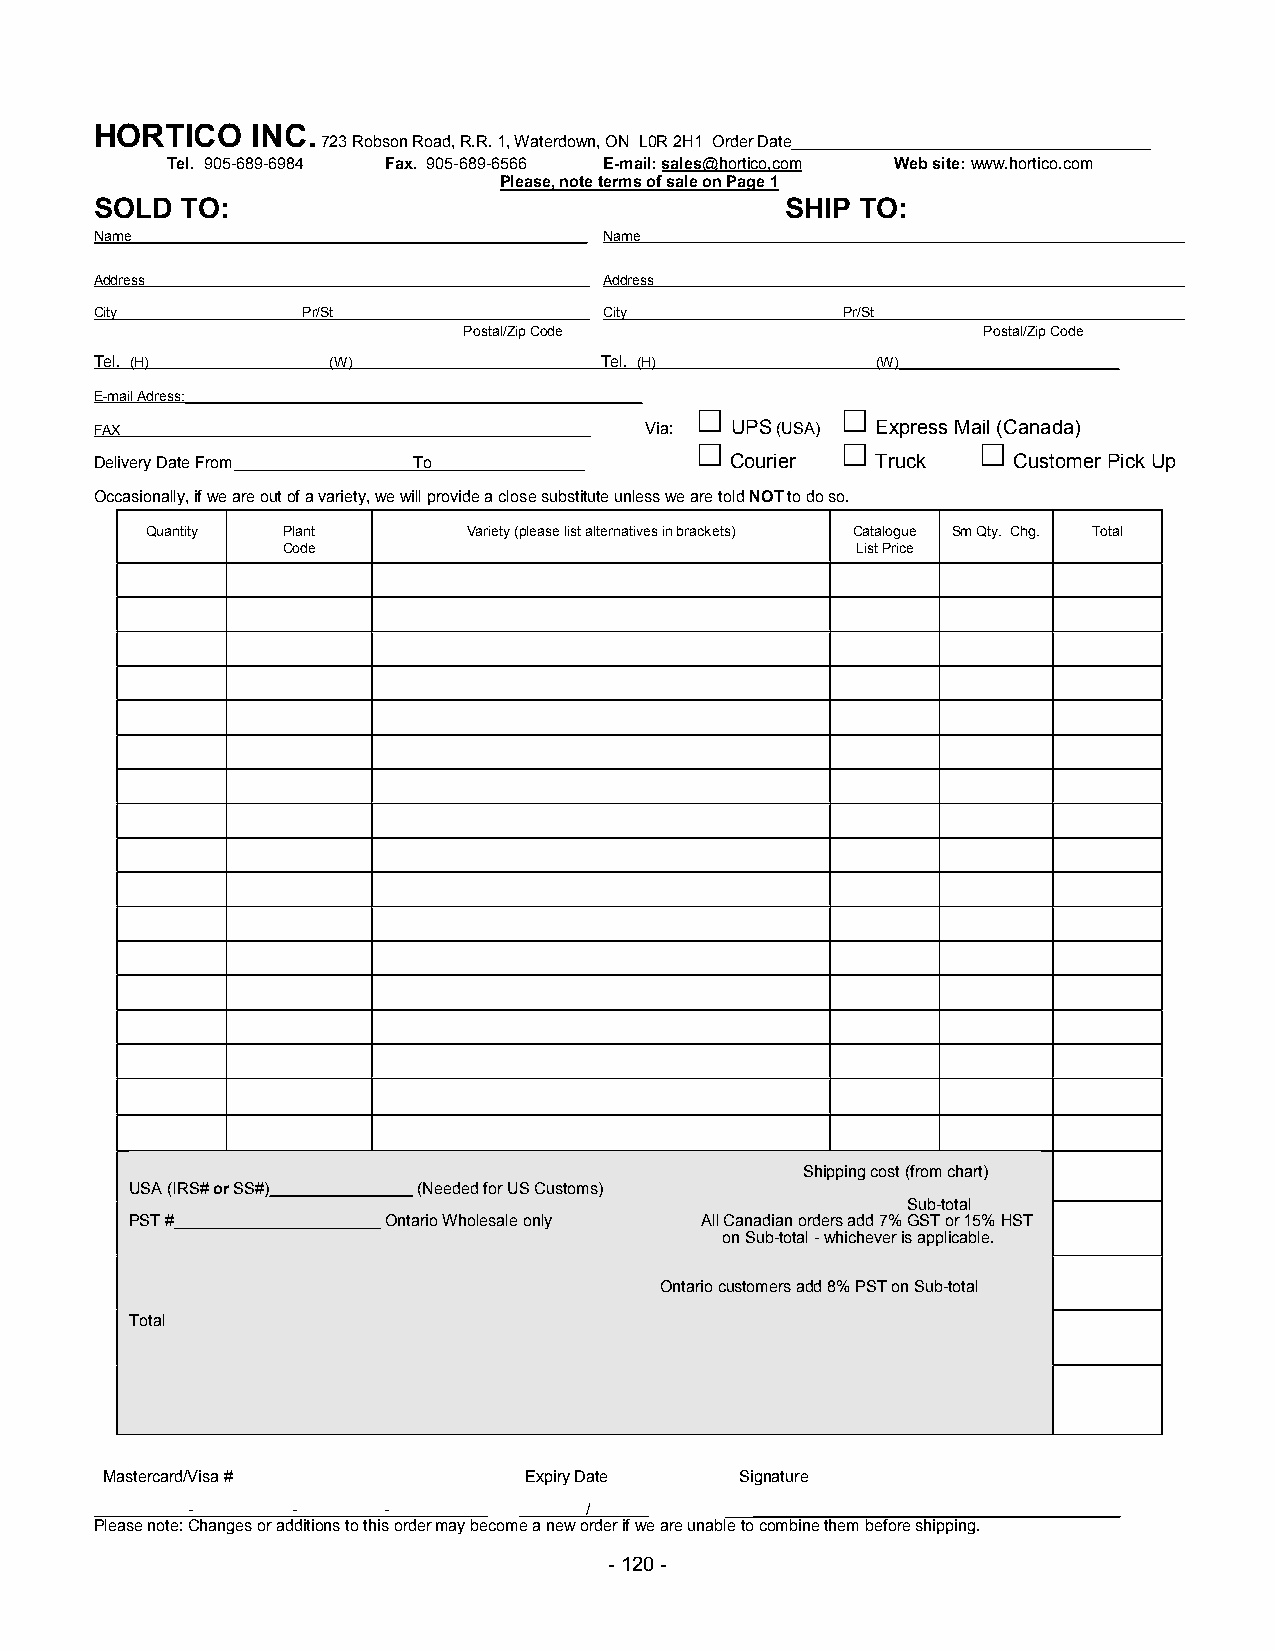
HORTICO    INC.
 723 Robson Road, R.R. 1, Waterdown, ON L0R 2H1 Order Date________________________________________
 Tel. 905-689-6984 Fax. 905-689-6566 E-mail: sales@hortico,com Web site: www.hortico.com
 Please, note terms of sale on Page 1
 SOLD  TO:                                     SHIP TO:
 Name                              Name
 Address                           Address
 City          Pr/St               City            Pr/St
 Postal/Zip Code                   Postal/Zip Code
 Tel. (H)        (W)               Tel. (H)          (W)____________________________
 E-mail Adress:__________________________________________________________
 FAX                                  Via: UPS (USA) Express Mail (Canada)
 Delivery Date From   To                   Courier   Truck    Customer Pick Up
 Occasionally, if we are out of a variety, we will provide a close substitute unless we are told NOT to do so.
 Quantity Plant       Variety (please list alternatives in brackets) Catalogue Sm Qty. Chg. Total
 Code                                  List Price
 Shipping cost (from chart)
 USA (IRS# or SS#)________________ (Needed for US Customs)
 Sub-total
 PST #_______________________ Ontario Wholesale only All Canadian orders add 7% GST or 15% HST
 on Sub-total - whichever is applicable.
 Ontario customers add 8% PST on Sub-total
 Total
 Mastercard/Visa #           Expiry Date   Signature
 -      -     -             /        ____________________________________________
 Please note: Changes or additions to this order may become a new order if we are unable to combine them before shipping.
 - 120 -